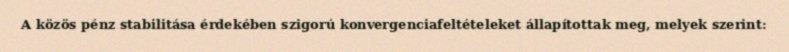
A közös pénz stabilitása érdekében szigorú konvergenciafeltételeket állapítottak meg, melyek szerint: